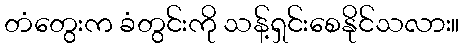
တံတွေးက ခံတွင်းကို သန့်ရှင်းစေနိုင်သလား။